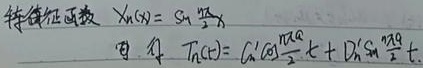
特征函数 \(X_{(S)} = S_{n}\frac{\pi}{2}x\) 且 \(T_{n}(t)=C_{n}'\cos\frac{n\pi}{2}t + D_{n}'\sin\frac{n\pi}{2}t\)